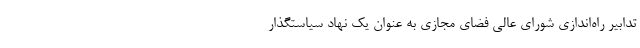
تدابیر راه‌اندازی شورای عالی فضای مجازی به عنوان یک نهاد سیاستگذار